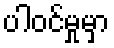
ပါဝင်မှုမှာ